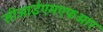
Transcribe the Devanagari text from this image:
सीआईएमएफआर